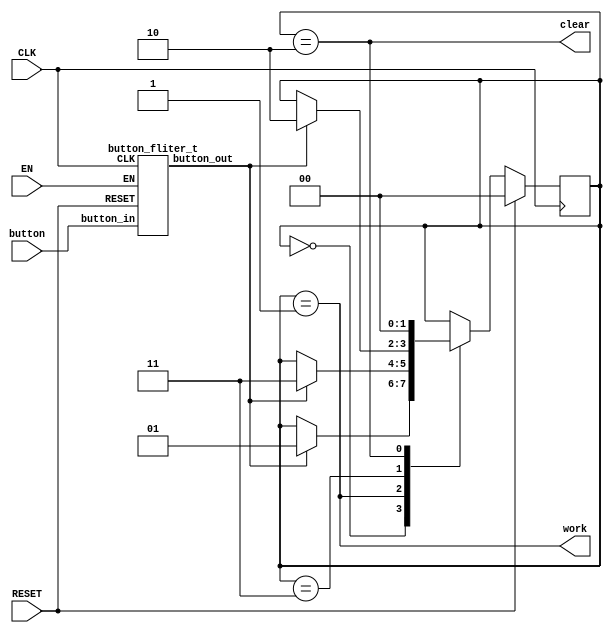
/// <author>UnnamedOrange</author>
/// <projectname>tick</projectname>
/// <modulename>system_controller</modulename>
/// <filedescription>System controller.</filedescription>
/// <dependency>
/// </dependency>

module system_controller_t(
	output work,
	output clear,
	input button,
	input RESET,
	input CLK,
	input EN);

	localparam status_init = 2'b00;
	localparam status_working = 2'b01;
	localparam status_pause = 2'b11;
	localparam status_reset = 2'b10;
	reg [1:0] status;

	wire button_out;
	button_fliter_t bf(
		.button_out(button_out),
		.button_in(button),
		.RESET(RESET),
		.CLK(CLK),
		.EN(EN));

	always @(posedge CLK) begin
		if (RESET)
			status <= status_init;
		else begin
			case (status)
				status_init: if (button_out) status <= status_working;
				status_working: if (button_out) status <= status_pause;
				status_pause: if (button_out) status <= status_reset;
				status_reset: status <= status_init;
				default: status <= status_init;
			endcase
		end
	end

	assign work = status == status_working;
	assign clear = status == status_reset;
endmodule

module button_fliter_t(
	output button_out,
	input button_in,
	input RESET,
	input CLK,
	input EN);

	localparam status_init = 2'b00;
	localparam status_first = 2'b01;
	localparam status_second = 2'b11;
	localparam status_more = 2'b10;
	reg [1:0] status;

	reg one_beat;

	always @(posedge CLK) begin
		if (RESET) begin
			status <= status_init;
			one_beat <= 0;
		end
		else begin
			if (EN) begin
				case (status)
					status_init: status <= button_in ? status_first : status_init;
					status_first: status <= button_in ? status_second : status_init;
					status_second: status <= button_in ? status_more : status_init;
					status_more: status <= button_in ? status_more : status_init;
					default:
						status <= status_init;
				endcase
				one_beat <= 1;
			end
			else
				one_beat <= 0;
		end
	end

	assign button_out = one_beat && (status == status_second);

endmodule